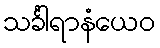
သင်္ခါရာနံယေဝ